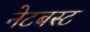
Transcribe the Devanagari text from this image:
नेटबस्ट